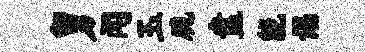
舅闻玉脆盍能谒